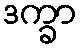
ဒက္ခာ